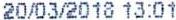
20/03/2018 13:01